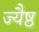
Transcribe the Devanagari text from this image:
ज्यैष्ठ